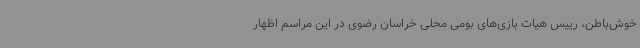
خوش‌باطن، رییس هیات بازی‌های بومی محلی خراسان رضوی در این مراسم اظهار